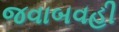
જવાબવહી